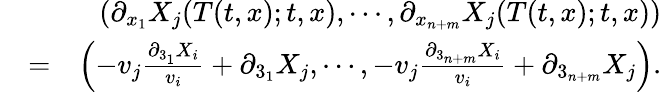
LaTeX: \begin{array}{rlr}&{}&{\left(\partial_{x_{1}}X_{j}(T(t,x);t,x),\cdots,\partial_{x_{n+m}}X_{j}(T(t,x);t,x)\right)}\\ &{=}&{\left(-v_{j}\frac{\partial_{3_{1}}X_{i}}{v_{i}}+\partial_{3_{1}}X_{j},\cdots,-v_{j}\frac{\partial_{3_{n+m}}X_{i}}{v_{i}}+\partial_{3_{n+m}}X_{j}\right).}\end{array}